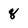
Character: 8